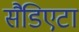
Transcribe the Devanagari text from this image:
सैडिएटा